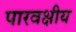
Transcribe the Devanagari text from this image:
पारवक्षीय